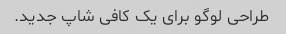
طراحی لوگو برای یک کافی شاپ جدید.